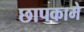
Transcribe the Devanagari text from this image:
छापकामे